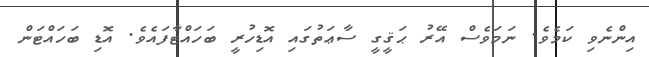
އިންނެވި ކަމެވެ. ނަމަވެސް އޭރު ޙަޤީގީ ސާޢަތުގައި އޮޑިހުރީ ބަހައްޓާފައެވެ. އޮޑި ބަހައްޓަން